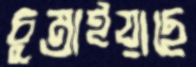
চুম্‌রাইয়াছে